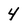
Character: 4